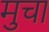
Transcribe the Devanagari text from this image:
मुचा